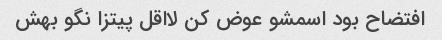
افتضاح بود اسمشو عوض کن لااقل پیتزا نگو بهش